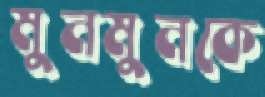
মুনমুনকে